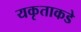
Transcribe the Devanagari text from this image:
यकृताकडे